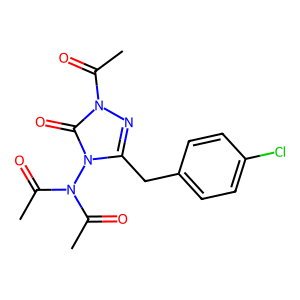
SMILES: CC(=O)N(C(C)=O)n1c(Cc2ccc(Cl)cc2)nn(C(C)=O)c1=O
Inhibits HIV replication: No